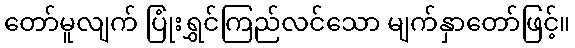
တော်မူလျက် ပြုံးရွှင်ကြည်လင်သော မျက်နှာတော်ဖြင့်။